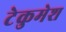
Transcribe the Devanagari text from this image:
टेकुमेश